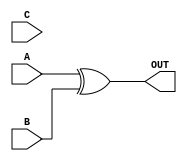
module A(A, B, C, OUT);
input A, B, C;
output OUT;

xor #(2,3) (OUT, A, B);

endmodule